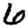
Digit: 6